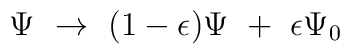
\Psi \ \to \ (1-\epsilon) \Psi \ + \ \epsilon \Psi_0